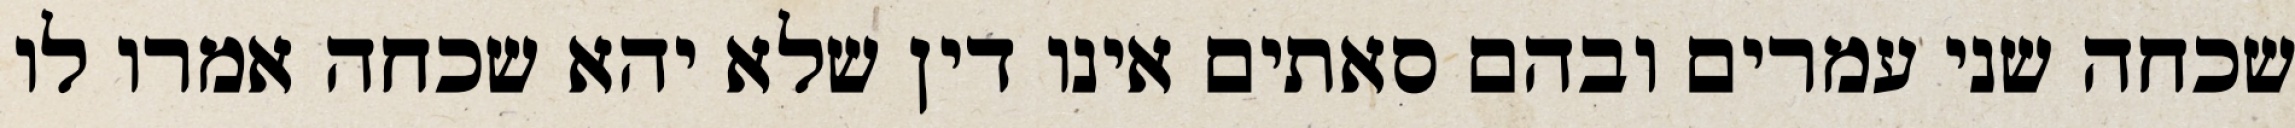
שכחה שני עמרים ובהם סאתים אינו דין שלא יהא שכחה אמרו לו